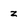
Character: z